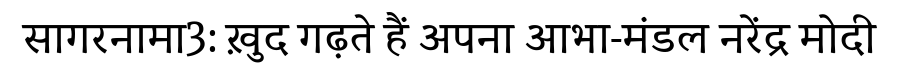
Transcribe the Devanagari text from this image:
सागरनामा3: ख़ुद गढ़ते हैं अपना आभा-मंडल नरेंद्र मोदी